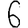
Digit: 6